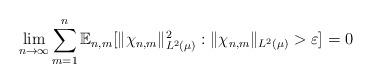
LaTeX: \begin{align*} \lim_{n \to \infty} \sum_{m=1}^n \mathbb{E}_{n,m}[ \|\chi_{n,m} \|_{L^2(\mu)}^2 : \|\chi_{n,m} \|_{L^2(\mu)} > \varepsilon ] = 0\end{align*}